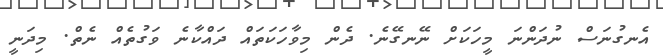
އެނގުނަސް ނުދަންނަ މީހަކަށް ނޭނގޭނެ. ދެން މިވާހަކަތައް ދައްކާނެ ވަގުތެއް ނެތް. މިދަނީ